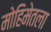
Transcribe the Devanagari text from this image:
मोहिमेतला